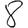
Digit: 8